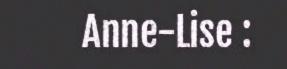
Anne-Lise :